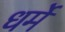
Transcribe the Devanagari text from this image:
धर्मे